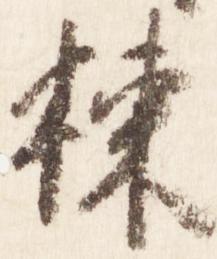
棟